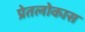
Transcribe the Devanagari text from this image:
प्रेतलोकास